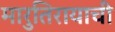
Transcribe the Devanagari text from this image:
मारुतिरायाची